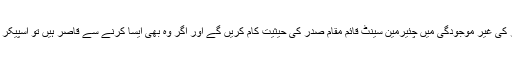
آرٹیکل 49 کی شق 2 کے تحت صدر کی غیر موجودگی میں چئیرمین سینٹ قائم مقام صدر کی حیثیت کام کریں گے اور اگر وہ بھی ایسا کرنے سے قاصر ہیں تو اسپیکر قومی اسمملی قائم مقام صدر ہوں گے۔